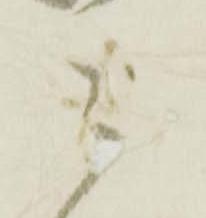
ニ